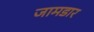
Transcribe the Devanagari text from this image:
जामडार